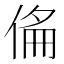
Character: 𠊇